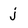
Character: j